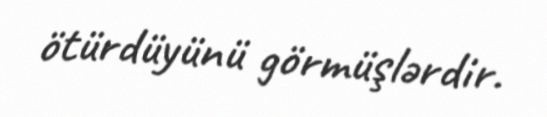
ötürdüyünü görmüşlərdir.